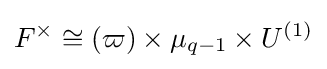
F^{\times }\cong (\varpi )\times \mu _{q-1}\times U^{(1)}